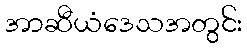
အာဆီယံဒေသအတွင်း